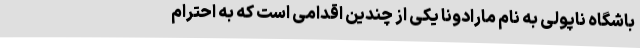
باشگاه ناپولی به نام مارادونا یکی از چندین اقدامی است که به احترام